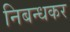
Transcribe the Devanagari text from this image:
निबन्धकर